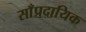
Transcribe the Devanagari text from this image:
साँप्रदायिक